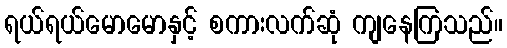
ရယ်ရယ်မောမောနှင့် စကားလက်ဆုံ ကျနေကြသည်။